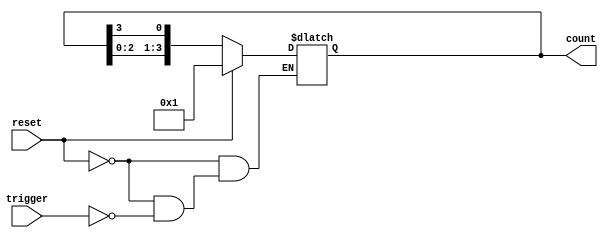
module async_ring_counter #(parameter N = 4) (
    input wire reset,  // Asynchronous reset signal
    input wire trigger, // Trigger signal to shift the '1'
    output reg [N-1:0] count // Output of the ring counter
);

// Initial state
initial begin
    count = 1; // Start with the first flip-flop set to '1'
end

// Asynchronous reset and shifting logic
always @(*) begin
    if (reset) begin
        count = 1; // Reset to initial state
    end else if (trigger) begin
        count = {count[N-2:0], count[N-1]}; // Shift left
    end
end

endmodule